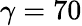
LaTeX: \gamma=70